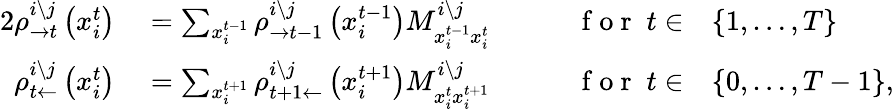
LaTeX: \begin{array}{rlrl}{{2}\rho_{\rightarrow t}^{i\setminus j}\left(x_{i}^{t}\right)}&{{}=\sum_{x_{i}^{t-1}}\rho_{\rightarrow t-1}^{i\setminus j}\left(x_{i}^{t-1}\right)M_{x_{i}^{t-1}x_{i}^{t}}^{i\setminus j}}&{\qquad\mathrm{~f~o~r~}\; t\in}&{{}\{ 1,\ldots,T\} }\\ {\rho_{t\leftarrow}^{i\setminus j}\left(x_{i}^{t}\right)}&{{}=\sum_{x_{i}^{t+1}}\rho_{t+1\leftarrow}^{i\setminus j}\left(x_{i}^{t+1}\right)M_{x_{i}^{t}x_{i}^{t+1}}^{i\setminus j}}&{\qquad\mathrm{~f~o~r~}\; t\in}&{{}\{ 0,\ldots,T-1\} ,}\end{array}